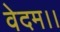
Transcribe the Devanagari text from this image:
वेदम।।